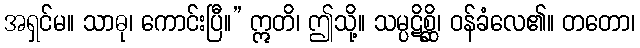
အရှင်မ။ သာဓု၊ ကောင်းပြီ။” ဣတိ၊ ဤသို့။ သမ္ပဋိစ္ဆိ၊ ဝန်ခံလေ၏။ တတော၊